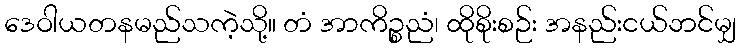
ဒေဝါယတနမည်သကဲ့သို့။ တံ အာကိဉ္စညံ၊ ထိုစိုးစဉ်း အနည်းငယ်ဘင်မျှ